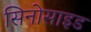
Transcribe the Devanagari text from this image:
सिनोसाइड